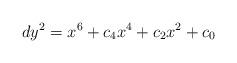
LaTeX: \begin{align*}d y^2 = x^6 + c_4 x^4 + c_2 x^2 + c_0\end{align*}